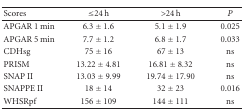
<table><thead><tr><td><b> Scores</b></td><td><b>≤24 h</b></td><td><b>&gt;24 h</b></td><td><b><i>P</i></b></td></tr></thead><tbody><tr><td>APGAR 1 min</td><td>6.3 ± 1.6</td><td>5.1 ± 1.9</td><td>0.025</td></tr><tr><td>APGAR 5 min</td><td>7.7 ± 1.2</td><td>6.8 ± 1.7</td><td>0.033</td></tr><tr><td>CDHsg</td><td>75 ± 16</td><td>67 ± 13</td><td>ns</td></tr><tr><td>PRISM</td><td>13.22 ± 4.81</td><td>16.81 ± 8.32</td><td>ns</td></tr><tr><td>SNAP II</td><td>13.03 ± 9.99</td><td>19.74 ± 17.90</td><td>ns</td></tr><tr><td>SNAPPE II</td><td>18 ± 14</td><td>32 ± 23</td><td>0.016</td></tr><tr><td>WHSRpf</td><td>156 ± 109</td><td>144 ± 111</td><td>ns</td></tr></tbody></table>